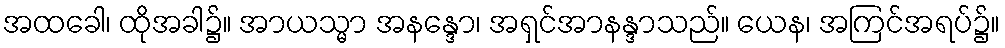
အထခေါ၊ ထိုအခါ၌။ အာယသ္မာ အနန္ဒော၊ အရှင်အာနန္ဒာသည်။ ယေန၊ အကြင်အရပ်၌။